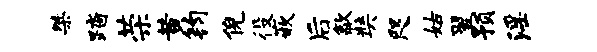
桀踏荣黄钧倪役嵌后歙奘咫姑翌预淫